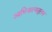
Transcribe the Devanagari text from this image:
आभिजात्यसुलभ